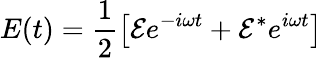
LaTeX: E(t)=\frac{1}{2}\left[\mathcal{E}e^{-iωt}+\mathcal{E}^{*}e^{iωt}\right]